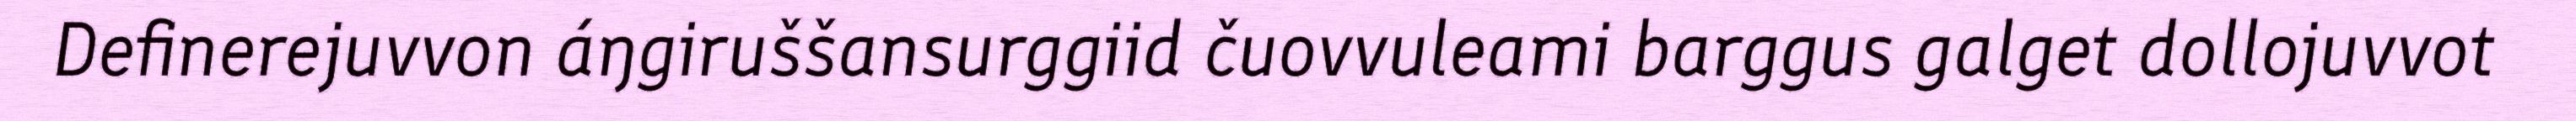
Definerejuvvon áŋgiruššansurggiid čuovvuleami barggus galget dollojuvvot